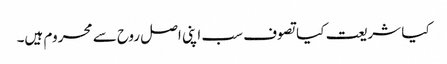
کیا شریعت کیا تصوف سب اپنی اصل روح سے محروم ہیں۔